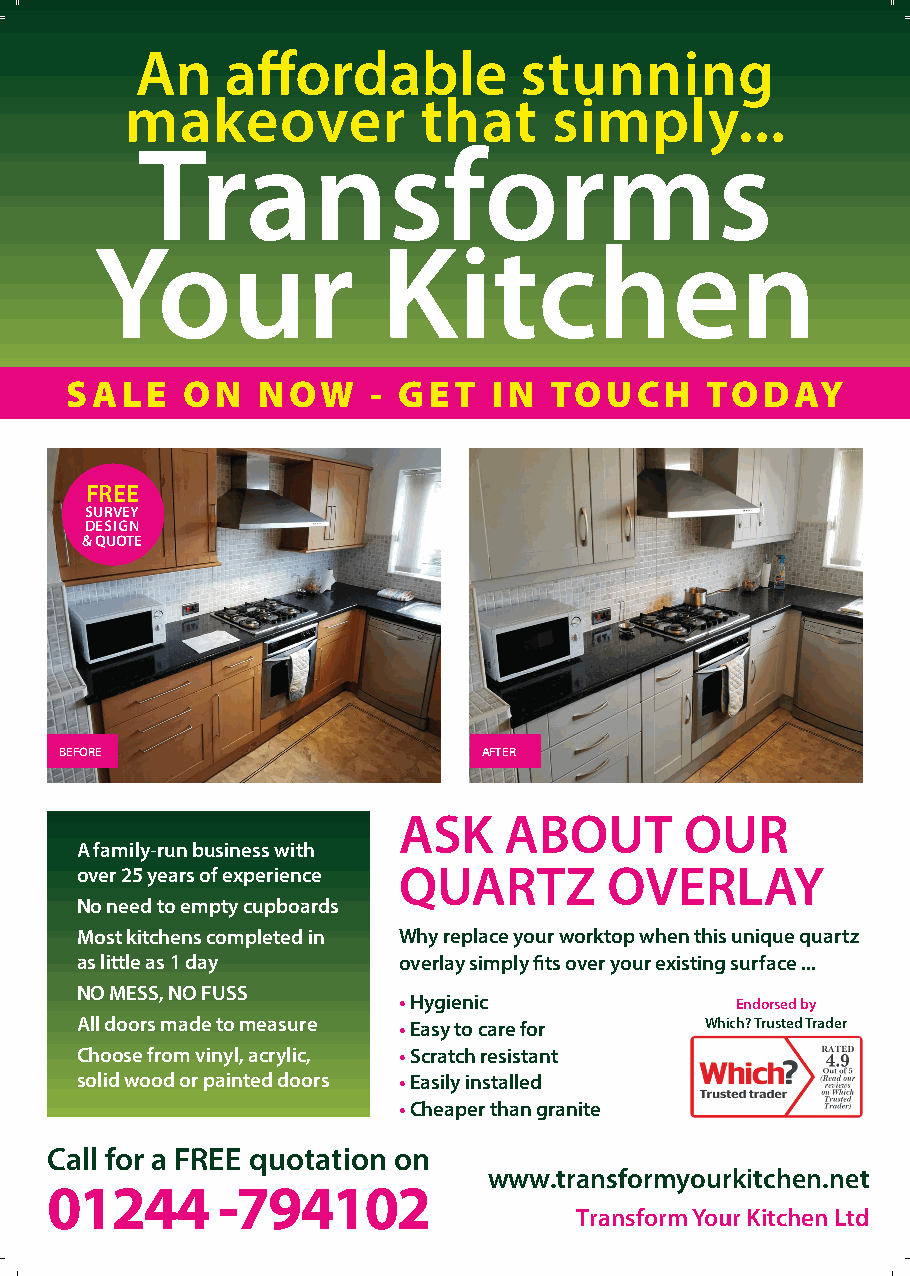
An    affordable         stunning
 makeover            that     simply...
 Transforms
 Your               Kitchen
 SALE    ON   NOW     - GET   IN TOUCH      TODAY
 FREE
 SURVEY
 DESIGN
 & QUOTE
 BEFORE                      AFTER
 ASK    ABOUT       OUR
 A family-run business with
 over 25 years of experience QUARTZ OVERLAY
 No need to empty cupboards
 Most kitchens completed in Why replace your worktop when this unique quartz
 as little as 1 day   overlay simply fits over your existing surface ...
 NO MESS, NO FUSS
 •Hygienic              Endorsed by
 All doors made to measure •Easy to care for Which? Trusted Trader
 Choose from vinyl, acrylic, •Scratch resistant
 solid wood or painted doors •Easily installed
 •Cheaper than granite
 Call for a FREE quotation on
 www.transformyourkitchen.net
 01244      -794102
 Transform Your Kitchen Ltd
 77